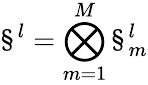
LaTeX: \S^{l}=\bigotimes_{m=1}^{M}\S_{m}^{l}